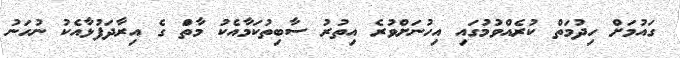
ގައުމަށް ހިދުމަތް ކުރެއްވުމުގައި އިހުނަށްވުރެ އިތުރު ސާބިތުކަމާއެކު މާތްަ ގެ އިރާދަފުޅާއެކު ނުހަނު